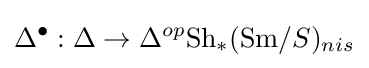
\Delta ^{\bullet }:\Delta \to \Delta ^{op}{\text{Sh}}_{*}({\text{Sm}}/S)_{nis}